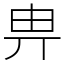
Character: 畁